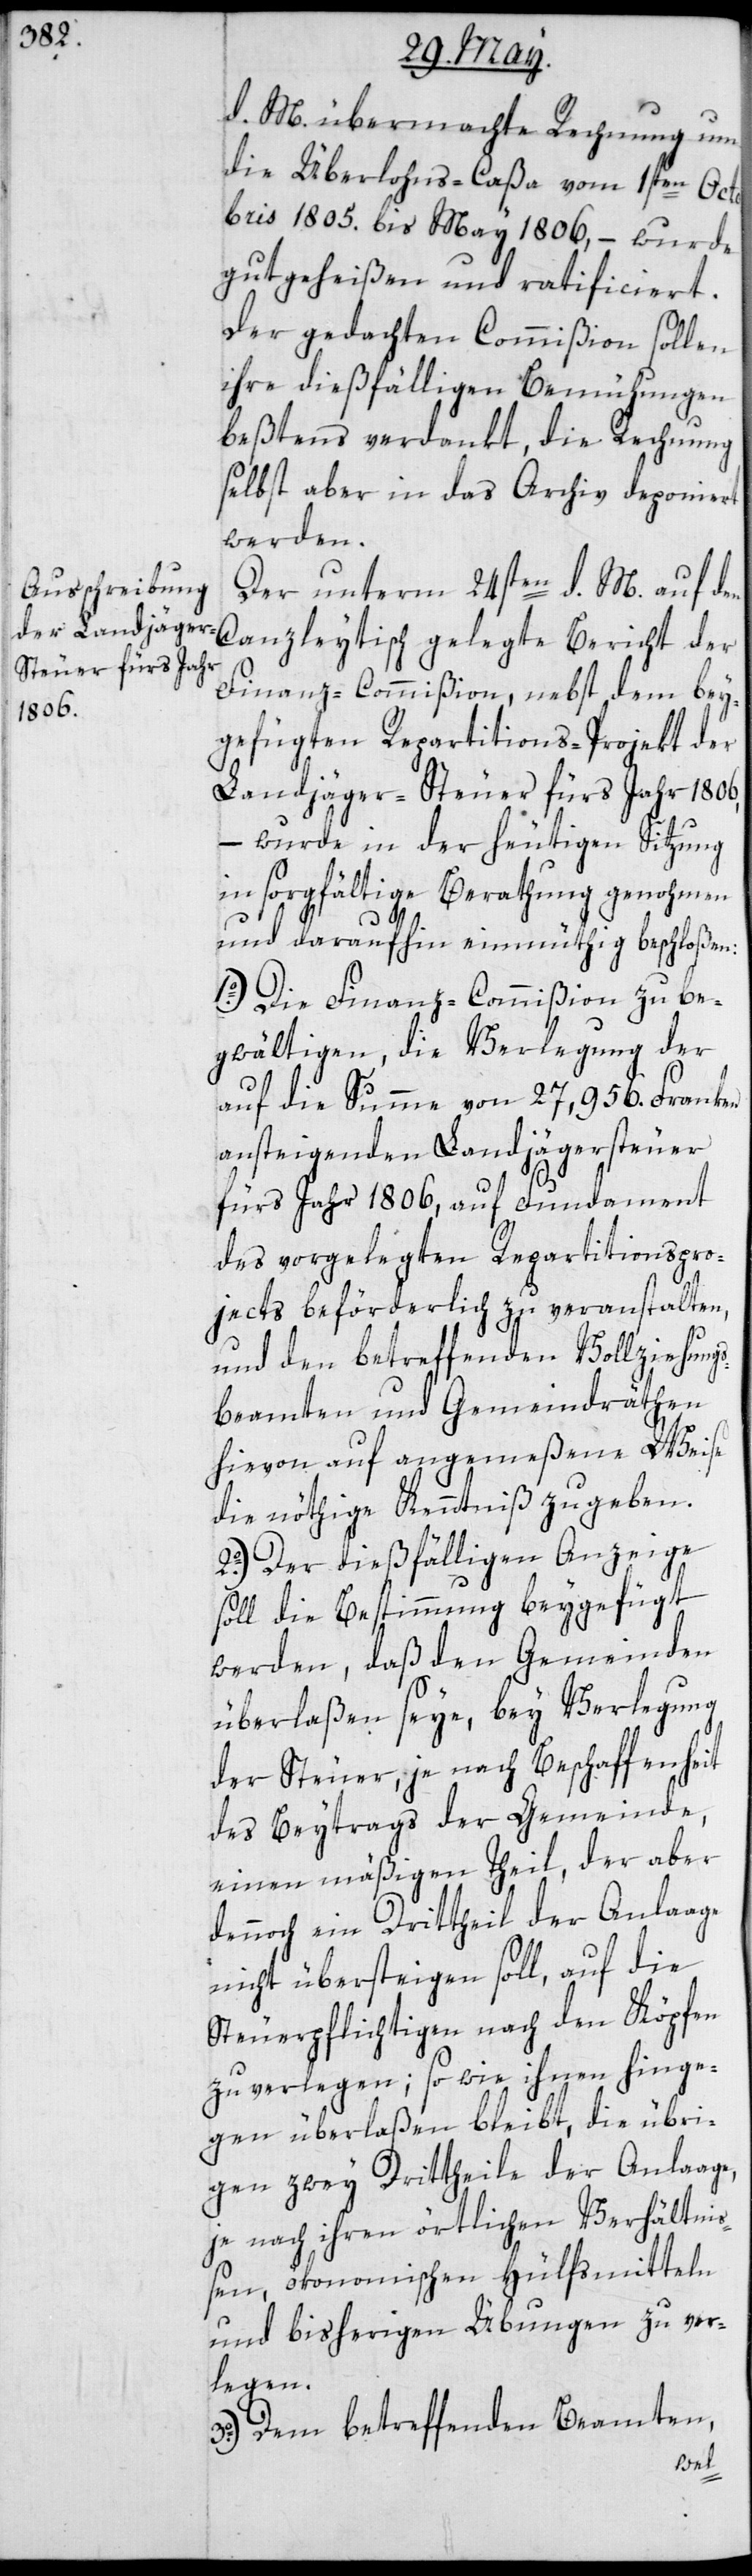
d. M. übermachte Rechnung um
die Überlohns-Caßa vom 1sten Octo¬
bris 1805. bis May 1806, – wurde
gutgeheißen und ratificiert.
Der gedachten Commißion sollen
ihre dießfälligen Bemühungen
beßtens verdankt, die Rechnung
selbst aber in das Archiv deponiert
werden.
Der unterm 24sten d. M. auf den
Finanz-Commißion, nebst dem bey¬
gefügten Repartitions-Projekt der
Landjäger-Steuer fürs Jahr 1806,
–
wurde in der heutigen Sitzung
in sorgfältige Berathung genohmen
und daraufhin einmüthig beschloßen:
1o.) Die Finanz-Commißion zu be¬
gwältigen, die Verlegung der
auf die Summe von 27,956. Franken
ansteigenden Landjägersteuer
fürs Jahr 1806, auf Fundament
des vorgelegten Repartitions-Pro¬
jects beförderlich zu veranstalten,
und den betreffenden Vollziehung¬
sbeamten und Gemeindräthen
hievon auf angemeßene Weise
die nöthige Kenntniß zu geben.
2o.) Der dießfälligen Anzeige
soll die Bestimmung beygefügt
werden, daß den Gemeinden
überlaßen seye, bey Verlegung
der Steuer, je nach Beschaffenheit
des Beytrags der Gemeinde,
einen mäßigen Theil, der aber
dennoch ein Dritttheil der Anlaage
nicht übersteigen soll, auf die
Steuerpflichtigen nach den Köpfen
zu verlegen; so wie ihnen hinge¬
gen übelraßen bleibt, die übri¬
gen zwey Dritttheile der Anlaage,
je nach ihren örtlichen Verhältniß¬
en, ökonomischen Hülfsmitteln
und bisherigen Übungen zu ver¬
legen.
3o.) Dem betreffenden Beamten,